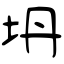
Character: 坍